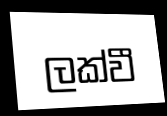
ලක්වී